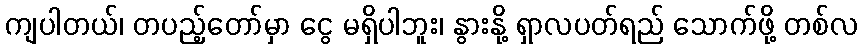
ကျပါတယ်၊ တပည့်တော်မှာ ငွေ မရှိပါဘူး၊ နွားနို့ ရှာလပတ်ရည် သောက်ဖို့ တစ်လ